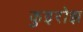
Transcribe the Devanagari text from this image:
कुइरोझ